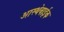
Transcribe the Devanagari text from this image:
आस्थेवाईक